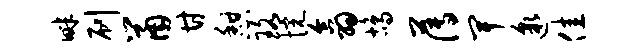
畔刷鼠甘憩珞惋翕鸪薄卑邈佳